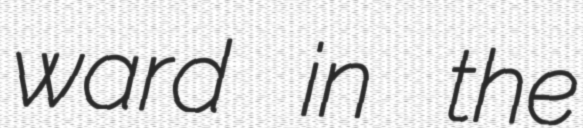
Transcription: ward in the